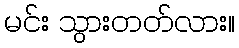
မင်း သွားတတ်လား။